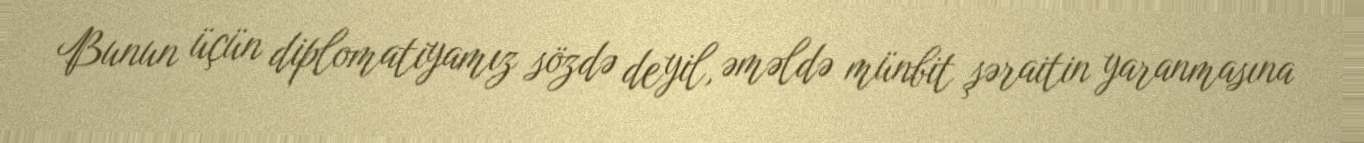
Bunun üçün diplomatiyamız sözdə deyil, əməldə münbit şəraitin yaranmasına